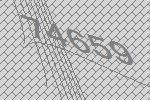
74659